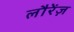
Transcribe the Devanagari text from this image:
लौरेंज़